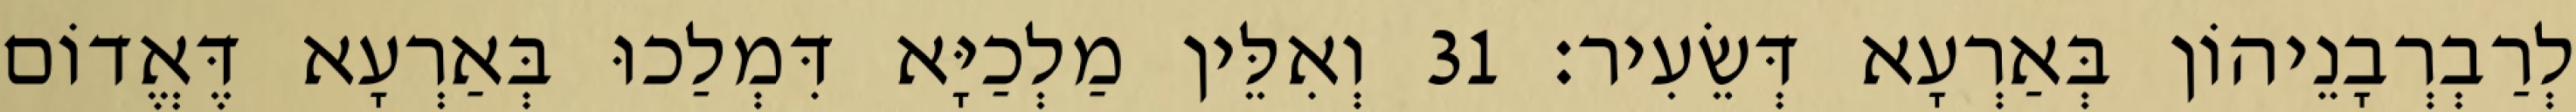
לְרַבְרְבָנֵיהוֹן בְּאַרְעָא דְּשֵׂעִיר׃ 31 וְאִלֵּין מַלְכַיָּא דִּמְלַכוּ בְּאַרְעָא דֶּאֱדוֹם